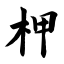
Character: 柙